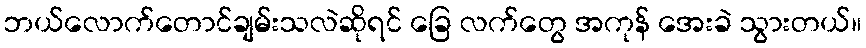
ဘယ်လောက်တောင်ချမ်းသလဲဆိုရင် ခြေ လက်တွေ အကုန် အေးခဲ သွားတယ်။